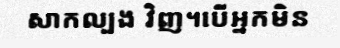
សាកល្បង វិញ។បើអ្នកមិន